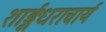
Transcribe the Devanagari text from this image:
शार्ङ्गधराचार्य